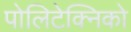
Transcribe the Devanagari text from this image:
पोलिटेक्निको